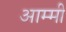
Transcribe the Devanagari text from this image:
आम्मी